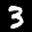
Label: 3